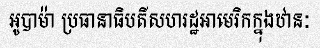
អូបាម៉ា ប្រធានាធិបតីសហរដ្ឋអាមេរិកក្នុងឋានៈ